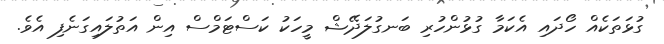
ގުޅަތަކެއް ހޯދައި އެކަމާ ގުޅުންހުރި ބަނގުލަދޭޝް މީހަކު ކަސްޓަމްސް އިން އަތުލައިގަނެފި އެވެ.